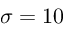
\sigma = 1 0